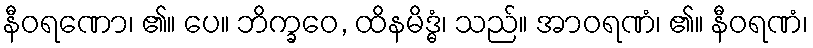
နီဝရဏော၊ ၏။ ပေ။ ဘိက္ခဝေ, ထိနမိဒ္ဓံ၊ သည်။ အာဝရဏံ၊ ၏။ နီဝရဏံ၊